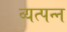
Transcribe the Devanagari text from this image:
व्‍यत्‍पन्‍न